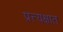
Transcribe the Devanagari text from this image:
प्रत्त्यक्षात